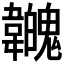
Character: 𩏳